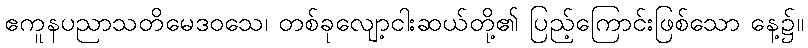
ဧကူနပညာသတိမေဒဝသေ၊ တစ်ခုလျော့ငါးဆယ်တို့၏ ပြည့်ကြောင်းဖြစ်သော နေ့၌။